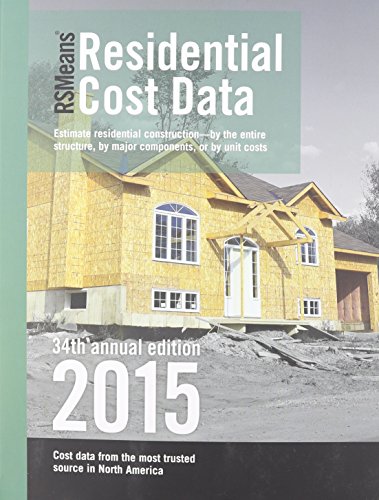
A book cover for Rsmeans Residential Cost Data; Engineering & Transportation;